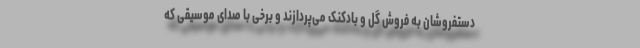
دستفروشان به فروش گل و بادکنک می‌پردازند و برخی با صدای موسیقی که